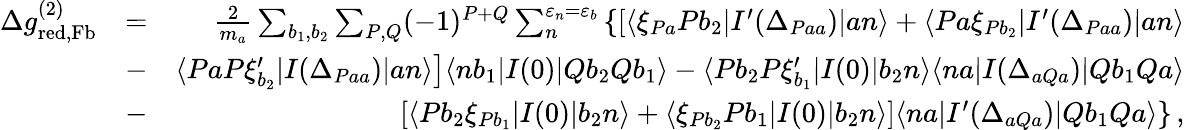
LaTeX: \begin{array}{rlr}{\Delta g_{\mathrm{red,Fb}}^{(2)}}&{=}&{\frac{2}{m_{a}}\sum_{b_{1},b_{2}}\sum_{P,Q}(-1)^{P+Q}\sum_{n}^{\varepsilon_{n}=\varepsilon_{b}}\left\{ \left[\langle\xi_{Pa}Pb_{2}|I^{\prime}(\Delta_{Paa})|an\rangle+\langle Pa\xi_{Pb_{2}}|I^{\prime}(\Delta_{Paa})|an\rangle\right.\right.}\\ &{-}&{\left.\langle PaP\xi_{b_{2}}^{\prime}|I(\Delta_{Paa})|an\rangle\right]\langle nb_{1}|I(0)|Qb_{2}Qb_{1}\rangle-\langle Pb_{2}P\xi_{b_{1}}^{\prime}|I(0)|b_{2}n\rangle\langle na|I(\Delta_{aQa})|Qb_{1}Qa\rangle}\\ &{-}&{\left.\left[\langle Pb_{2}\xi_{Pb_{1}}|I(0)|b_{2}n\rangle+\langle\xi_{Pb_{2}}Pb_{1}|I(0)|b_{2}n\rangle\right]\langle na|I^{\prime}(\Delta_{aQa})|Qb_{1}Qa\rangle\right\} \, ,}\end{array}